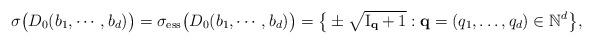
LaTeX: \begin{align*}\sigma \big( D_0(b_1,\cdots,b_d) \big) = \sigma_{\textup{ess}} \big( D_0(b_1,\cdots,b_d) \big) = \big\lbrace \pm \sqrt{{\rm I}_{\textup{{\bf q}}} + 1} : {\bf q} = (q_1,\ldots,q_d) \in \mathbb{N}^d \big\rbrace, \end{align*}